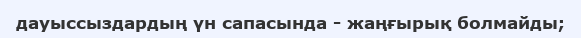
дауыссыздардың үн сапасында - жаңғырық болмайды;